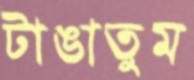
টাঙাতুম